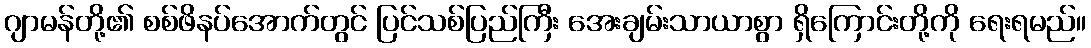
ဂျာမန်တို့၏ စစ်ဖိနပ်အောက်တွင် ပြင်သစ်ပြည်ကြီး အေးချမ်းသာယာစွာ ရှိကြောင်းတို့ကို ရေးရမည်။